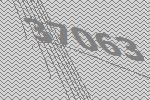
37063